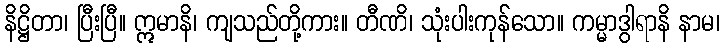
နိဋ္ဌိတာ၊ ပြီးပြီ။ ဣမာနိ၊ ကျသည်တို့ကား။ တီဏိ၊ သုံးပါးကုန်သော။ ကမ္မာဒွါရာနိ နာမ၊